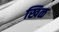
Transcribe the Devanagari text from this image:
खिळ